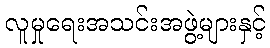
လူမှုရေးအသင်းအဖွဲ့များနှင့်